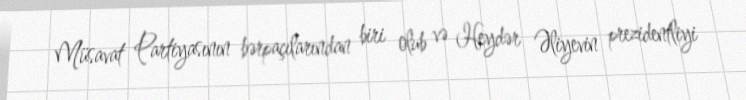
Müsavat Partiyasının bərpaçılarından biri olub və Heydər Əliyevin prezidentliyi